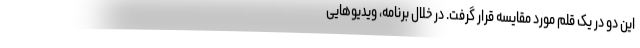
این دو در یک قلم مورد مقایسه قرار گرفت. در خلال برنامه، ویدیو‌هایی